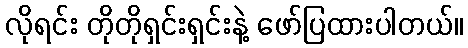
လိုရင်း တိုတိုရှင်းရှင်းနဲ့ ဖော်ပြထားပါတယ်။